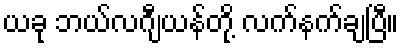
ယခု ဘယ်လဂျီယန်တို့ လက်နက်ချပြီ။